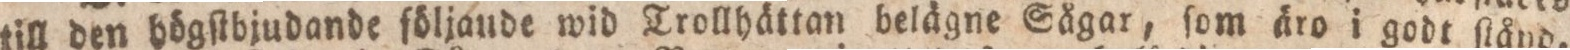
tttill den högſtbjudande följande wid Trollhättan belägne Sågar, ſom äro i godt ſtånd,